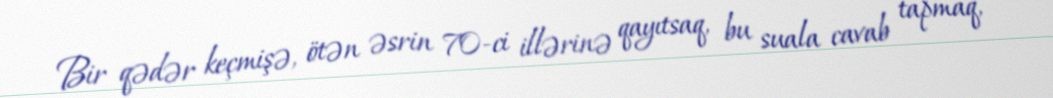
Bir qədər keçmişə, ötən əsrin 70-ci illərinə qayıtsaq, bu suala cavab tapmaq,